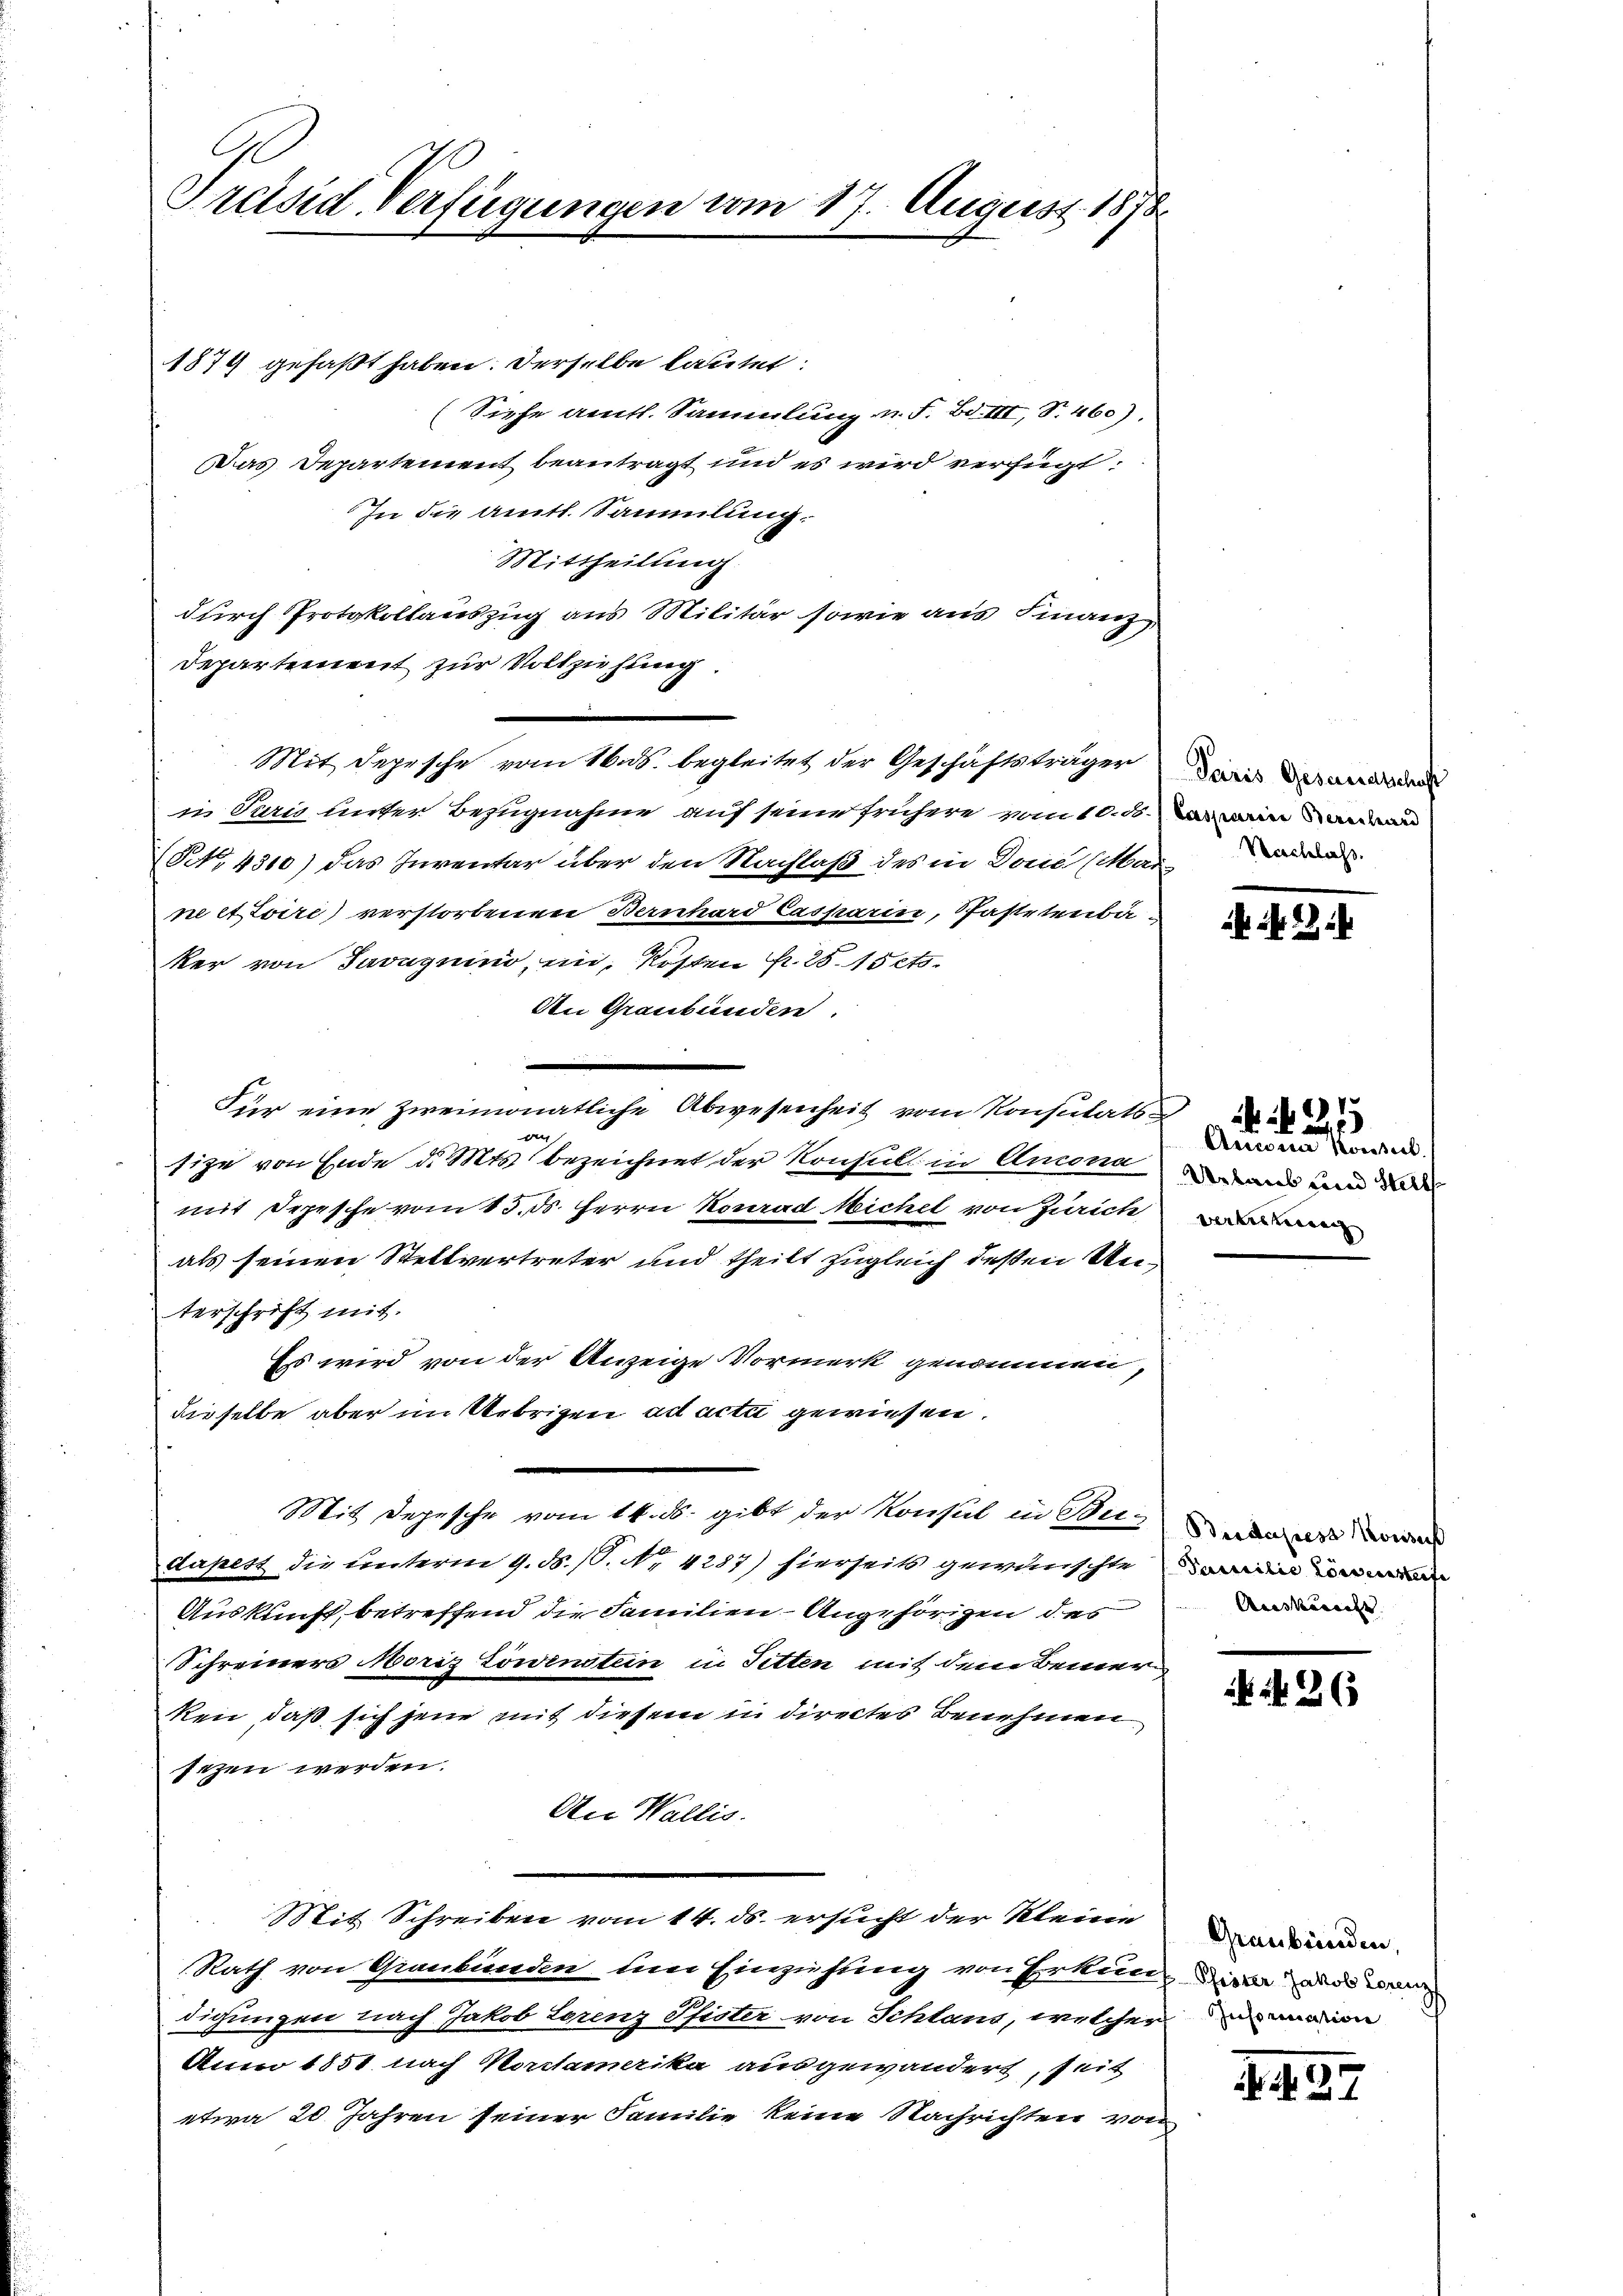
Präsid. Verfügungen vom 17. August 1878

1879 gefaßt haben. Derselbe lautet:
(Siehe amtl. Sammlung u. F. Bd. III, S. 460).
Das Departement beantragt und es wird verfügt:
In die amtl. Sammlung.
Mittheilung
durch Protokollauszug aus Militär sowie aus Finanz
Departement zur Vollziehung.
in Juris unter Bezugnahme auf seine frühere vom 10. d. in auran
(NNo. 4310) das Inventar über den Nachlaß des in Dome (Marie
ne ettoire) verstorbenen Bernhard Casparin, Pastetenba
ker von Javaquino, ein, Kosten R. 25. 15 ets.
An Graubünden.
Für eine zweimonatliche Abwesenheit vom Konsulatsn
fize von Ende d. Mts. bezeichnet der Konsul in Antona
mit Depesche vom 15. ds. Herrn Konrad Michel von Zürich werden
als seinen Stellvertreter und theilt zugleich deßen Unterschrift mit
Es wird von der Anzeige Vormerk genommen,
dieselbe aber im Uebrigen ad acta gewiesen.
Mit Depesche vom 14. ds. gibt der Konsul in Beidapest die unterm 9. ds. (T. No. 4287) hierseits gewünschte
Auskunft, betreffend die Familien Angehörigen des
Schreiners Moriz Löwenstein in Sitten mit dem Bemerken, daß sich jene mit diesem in directes Benehmen
sezen werden.
An Wallis.
Mit Schreiben vom 14. ds. ersucht der Kleine
Rath von Gienbunden, um Einziehung von Erkunden die wenn
digungen nach Jakob Lorenz Pfister von Schland, welcher einen
Aum 1851 nach Vorstamerika ausgewandert, seit
etwa 20 Jahren seiner Familie keine Nachrichten von

Mit Depesche vom 16. ds. begleitet der Geschäftsträger

Paris Gesandtschaft

Quistin Konsul
Urlaub und Stell

2

Budapess Konses
Passilie Lössernsteife
Aeeskenante |

N. 26

Graubünden,

. 434